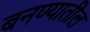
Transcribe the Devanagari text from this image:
बनण्यातील